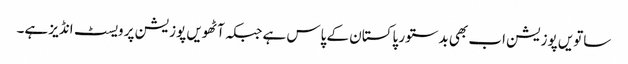
ساتویں پوزیشن اب بھی بدستور پاکستان کے پاس ہے جبکہ آٹھویں پوزیشن پر ویسٹ انڈیز ہے۔